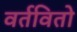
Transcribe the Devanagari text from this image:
वर्तवितो